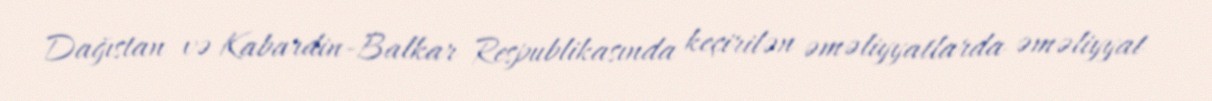
Dağıstan və Kabardin-Balkar Respublikasında keçirilən əməliyyatlarda əməliyyat